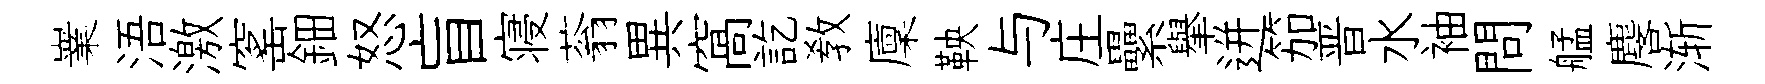
嶪浯激窰鈿怒盲寝蓊異窩訖教廩鞅与庄纍𦦙迸笳晋水袖問艋麐渐